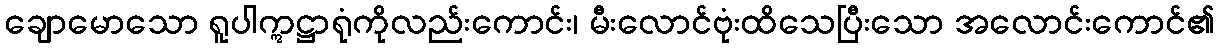
ချောမောသော ရူပါဣဋ္ဌာရုံကိုလည်းကောင်း၊ မီးလောင်ဗုံးထိသေပြီးသော အလောင်းကောင်၏